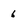
Character: 6